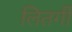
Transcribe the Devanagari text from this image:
लितर्गी